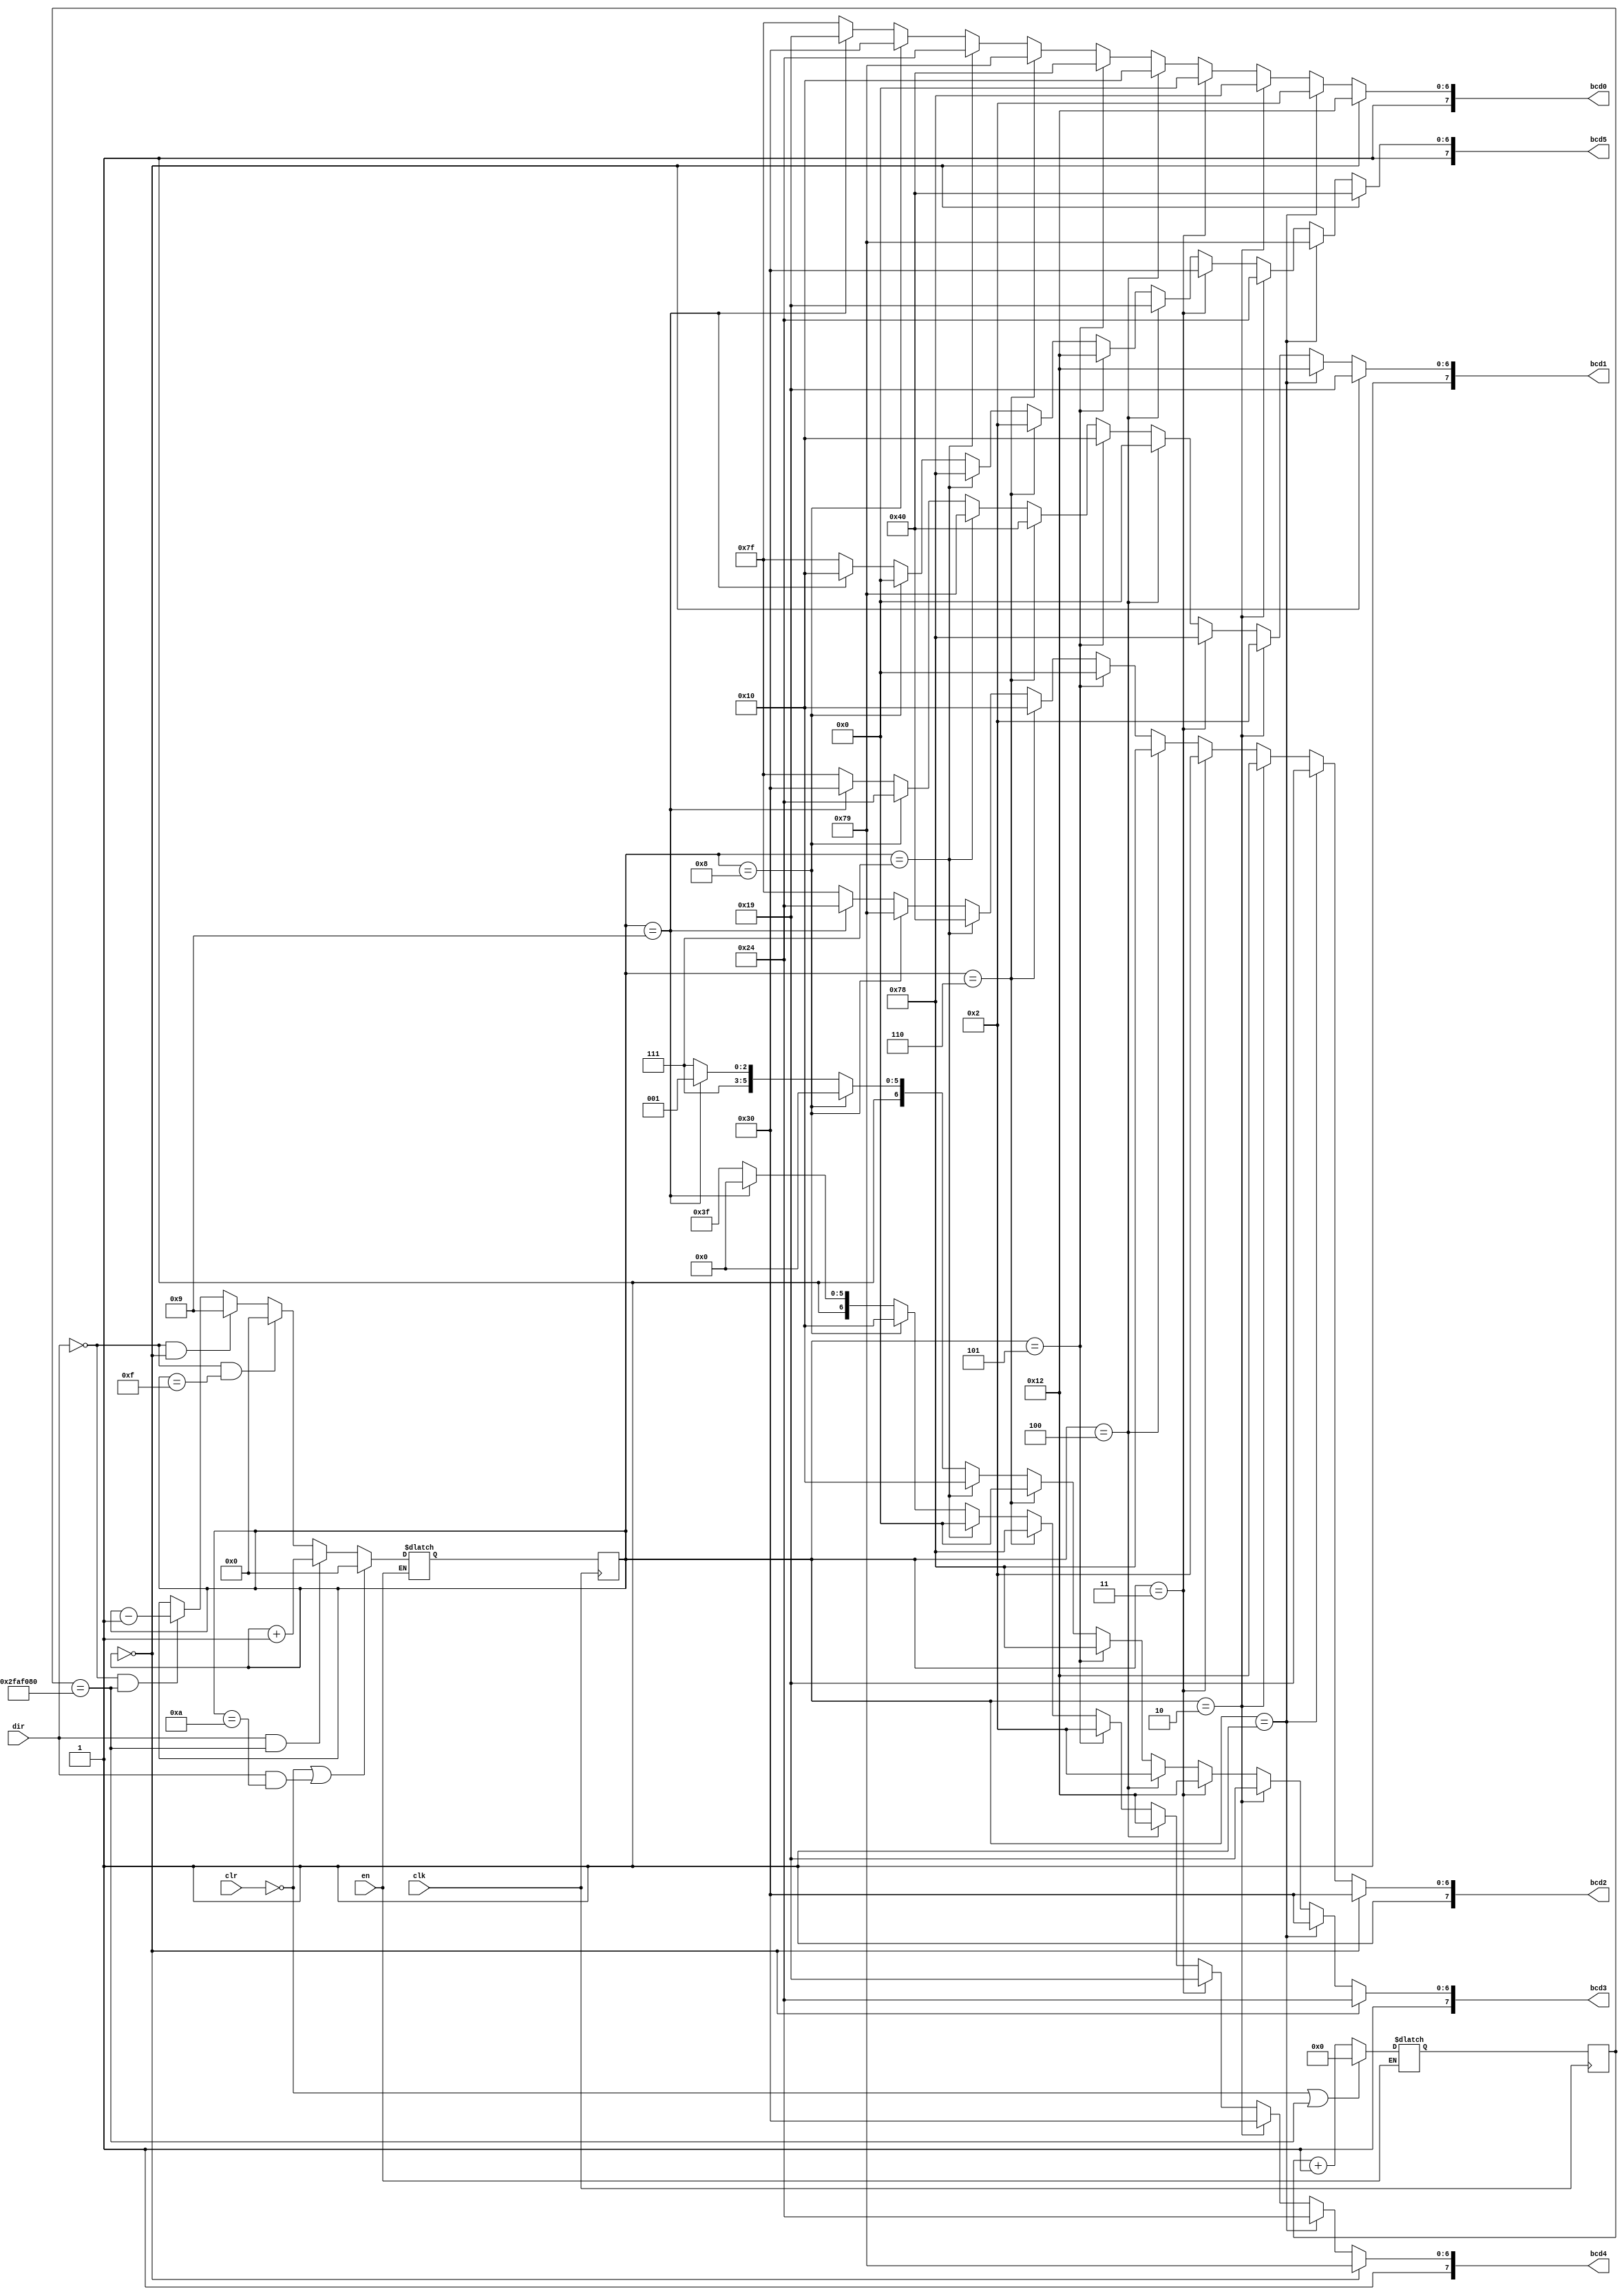
/*
	BCD5		BCD4		BCD3		BCD2		BCD1		BCD0	state combo
	0			1			2			3			4			5				0000
	1			2			3			4			5			6				0001
	2			3			4			5			6			7				0100
	3			4			5			6			7			8				0110
	4			5			6			7			8			9				0100
	5			6			7			8			9			0				0101
	6			7			8			9			0			1				0110
	7			8			9			0			1			2				0111
	8			9			0			1			2			3				1000
	9			0			1			2			3			4				1001
	0			1			2			3			4			5				0000
	
			4'h0: rom_data = 8'b11000000 ;
			4'h1: rom_data = 8'b11111001 ;
			4'h2: rom_data = 8'b10100100 ;
			4'h3: rom_data = 8'b10110000 ;
			4'h4: rom_data = 8'b10011001 ;
			4'h5: rom_data = 8'b10010010 ;
			4'h6: rom_data = 8'b10000010 ;
			4'h7: rom_data = 8'b11111000 ;
			4'h8: rom_data = 8'b10000000 ;
			4'h9: rom_data = 8'b10010000 ;
			4'ha: rom_data = 8'b10001000 ;
			4'hb: rom_data = 8'b10000011 ;
			4'hc: rom_data = 8'b11000110 ;
			4'hd: rom_data = 8'b10100001 ;
			4'he: rom_data = 8'b10000110 ;
			4'hf: rom_data = 8'b10001110 ;

*/

module rotating_LED_banner
		(
		input wire clk, clr,
		input wire dir, en,
		output wire [7:0] bcd5,bcd4,bcd3,bcd2,bcd1,bcd0);

		// DECLARATIONS
		localparam dvsr = 50000000;
		reg [25:0] time_reg;
		reg [25:0] time_next;
		reg [3:0] state_reg;
		reg [3:0] state_next;
//		reg [7:0] bcd5_reg,bcd4_reg,bcd3_reg,bcd2_reg,bcd1_reg,bcd0_reg;
//		reg [7:0] bcd5_data,bcd4_data,bcd3_data,bcd2_data,bcd1_data,bcd0_data;

		// Register file
		always @ (posedge clk)
		begin
				time_reg <= time_next;
				state_reg <= state_next;
		end
		
		// Combinational part
		//assign time_next = (~clr || (time_reg == dvsr)) ? 25'b0 : time_reg+1;
		
		always @*
		begin
		if (en)
		begin
			time_next <= (~clr || (time_reg == dvsr)) ? 25'b0 : time_reg+1;
			 state_next <= (~clr || (dir && state_reg == 4'b1010)) ? 4'b0 : 
										(dir && time_reg == dvsr) ? state_reg+1 :
										(~dir && state_reg == 4'b1111) ? 4'b0 :
										(~dir && state_reg == 4'b0) ? 4'b1001 :
										(~dir && time_reg == dvsr) ? state_reg-1 :
										state_reg;
		end
		end
		
		assign bcd5 = (state_reg == 4'b0000) ? 8'b11000000:
							(state_reg == 4'b0001) ? 8'b11111001:
							(state_reg == 4'b0010) ? 8'b10100100:
							(state_reg == 4'b0011) ? 8'b10110000:
							(state_reg == 4'b0100) ? 8'b10011001:
							(state_reg == 4'b0101) ? 8'b10010010:
							(state_reg == 4'b0110) ? 8'b10000010:
							(state_reg == 4'b0111) ? 8'b11111000:
							(state_reg == 4'b1000) ? 8'b10000000:
							(state_reg == 4'b1001) ? 8'b10010000:
							8'b1111_1111;
							
		assign bcd4 = (state_reg == 4'b0000) ? 8'b11111001 : //1
							(state_reg == 4'b0001) ? 8'b10100100: //2
							(state_reg == 4'b0010) ? 8'b10110000:	//3
							(state_reg == 4'b0011) ? 8'b10011001:	//4
							(state_reg == 4'b0100) ? 8'b10010010:	//5
							(state_reg == 4'b0101) ? 8'b10000010: //6
							(state_reg == 4'b0110) ? 8'b11111000: //7
							(state_reg == 4'b0111) ? 8'b10000000: //8
							(state_reg == 4'b1000) ? 8'b10010000: //9
							(state_reg == 4'b1001) ? 8'b11000000: //0
							8'b1111_1111;

		assign bcd3 = (state_reg == 4'b0000) ? 8'b10100100:
							(state_reg == 4'b0001) ? 8'b10110000:
							(state_reg == 4'b0010) ? 8'b10011001:
							(state_reg == 4'b0011) ? 8'b10010010:
							(state_reg == 4'b0100) ? 8'b10000010:
							(state_reg == 4'b0101) ? 8'b11111000:
							(state_reg == 4'b0110) ? 8'b10000000:
							(state_reg == 4'b0111) ? 8'b10010000:
							(state_reg == 4'b1000) ? 8'b11000000:
							(state_reg == 4'b1001) ? 8'b11111001:
							8'b1111_1111;
							
		assign bcd2 = (state_reg == 4'b0000) ? 8'b10110000:
							(state_reg == 4'b0001) ? 8'b10011001:
							(state_reg == 4'b0010) ? 8'b10010010:
							(state_reg == 4'b0011) ? 8'b10000010:
							(state_reg == 4'b0100) ? 8'b11111000:
							(state_reg == 4'b0101) ? 8'b10000000:
							(state_reg == 4'b0110) ? 8'b10010000:
							(state_reg == 4'b0111) ? 8'b11000000:
							(state_reg == 4'b1000) ? 8'b11111001:
							(state_reg == 4'b1001) ? 8'b10100100:
							8'b1111_1111;
							
							
		assign bcd1 = (state_reg == 4'b0000) ? 8'b10011001:
							(state_reg == 4'b0001) ? 8'b10010010:
							(state_reg == 4'b0010) ? 8'b10000010:
							(state_reg == 4'b0011) ? 8'b11111000:
							(state_reg == 4'b0100) ? 8'b10000000:
							(state_reg == 4'b0101) ? 8'b10010000:
							(state_reg == 4'b0110) ? 8'b11000000:
							(state_reg == 4'b0111) ? 8'b11111001:
							(state_reg == 4'b1000) ? 8'b10100100:
							(state_reg == 4'b1001) ? 8'b10110000:
							8'b1111_1111;
							
		assign bcd0 = (state_reg == 4'b0000) ? 8'b10010010:
							(state_reg == 4'b0001) ? 8'b10000010:
							(state_reg == 4'b0010) ? 8'b11111000:
							(state_reg == 4'b0011) ? 8'b10000000:
							(state_reg == 4'b0100) ? 8'b10010000:
							(state_reg == 4'b0101) ? 8'b11000000:
							(state_reg == 4'b0110) ? 8'b11111001:
							(state_reg == 4'b0111) ? 8'b10100100:
							(state_reg == 4'b1000) ? 8'b10110000:
							(state_reg == 4'b1001) ? 8'b10011001:
							8'b1111_1111;

endmodule